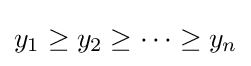
y_{1}\geq y_{2}\geq \cdots \geq y_{n}